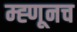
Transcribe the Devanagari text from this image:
म्ह्णूनच